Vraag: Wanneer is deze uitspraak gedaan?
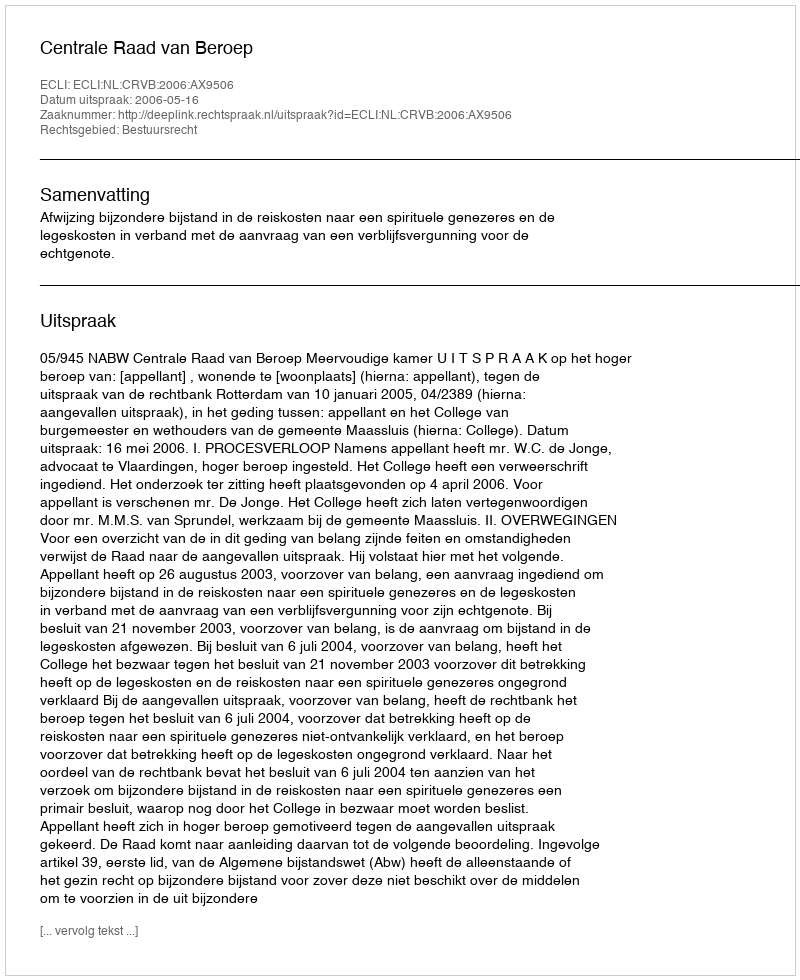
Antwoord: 2006-05-16